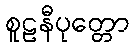
စူဠနီပုတ္တော